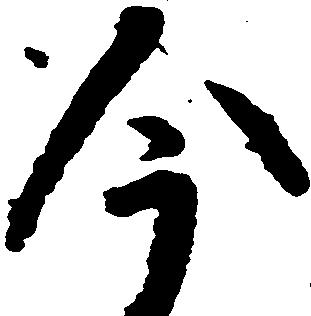
今